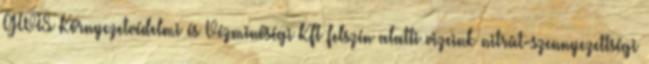
GWIS Környezetvédelmi és Vízminőségi Kft felszín alatti vizeink nitrát-szennyezettségi